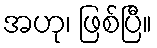
အဟု၊ ဖြစ်ပြီ။